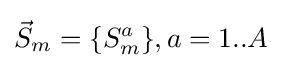
{\vec {S}}_{m}=\{S_{m}^{a}\},a=1..A